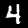
Label: 4